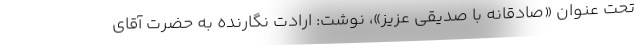
تحت عنوان «صادقانه با صدیقی عزیز»، نوشت: ارادت نگارنده به حضرت آقای